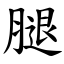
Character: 腿